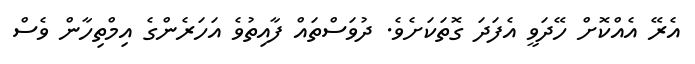
އެރޭ އެއްކޮށް ހޭދަވީ އެފަދަ ގޮތަކަށެވެ. ދުވަސްތައް ފާއިތުވެ އަހަރެންގެ އިމްތިހާން ވެސް